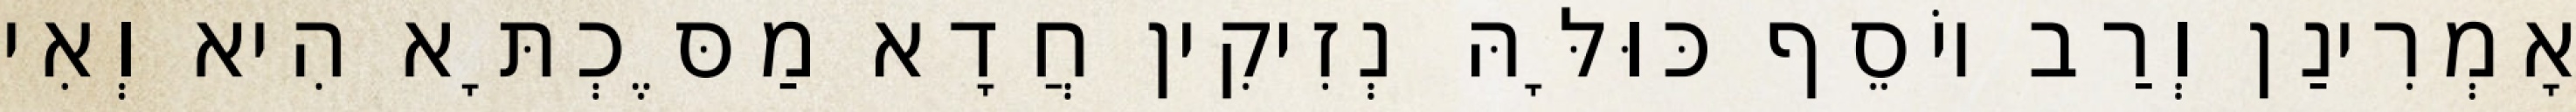
אָמְרִינַן וְרַב יוֹסֵף כּוּלָּהּ נְזִיקִין חֲדָא מַסֶּכְתָּא הִיא וְאִי